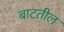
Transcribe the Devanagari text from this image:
बाटतील